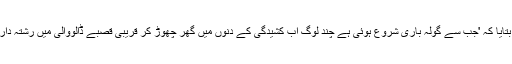
ایک نوجوان محمد ریاض نے بتایا کہ 'جب سے گولہ باری شروع ہوئی ہے چند لوگ اب کشیدگی کے دنوں میں گھر چھوڑ کر قریبی قصبے ڈالووالی میں رشتہ داروں کی طرف چلے جاتے ہیں۔